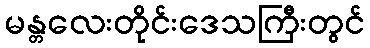
မန္တလေးတိုင်းဒေသကြီးတွင်